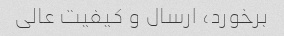
برخورد، ارسال و کیفیت عالی